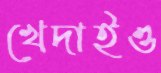
খেদাইও